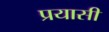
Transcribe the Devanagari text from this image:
प्रयासी